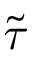
\tilde { \tau }